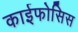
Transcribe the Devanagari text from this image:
काईफोसिस